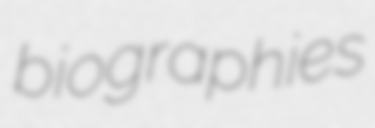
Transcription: biographies